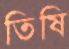
তিষি